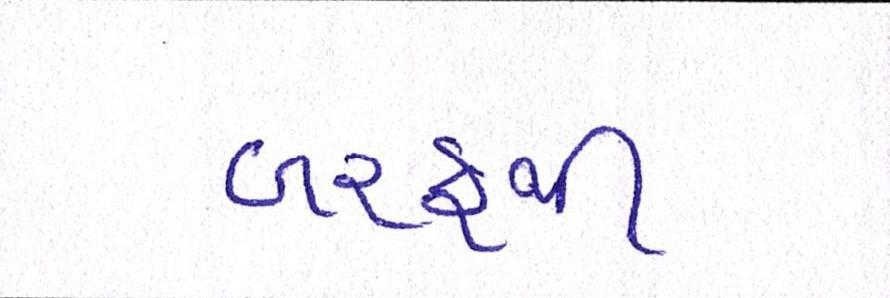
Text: બરફથી